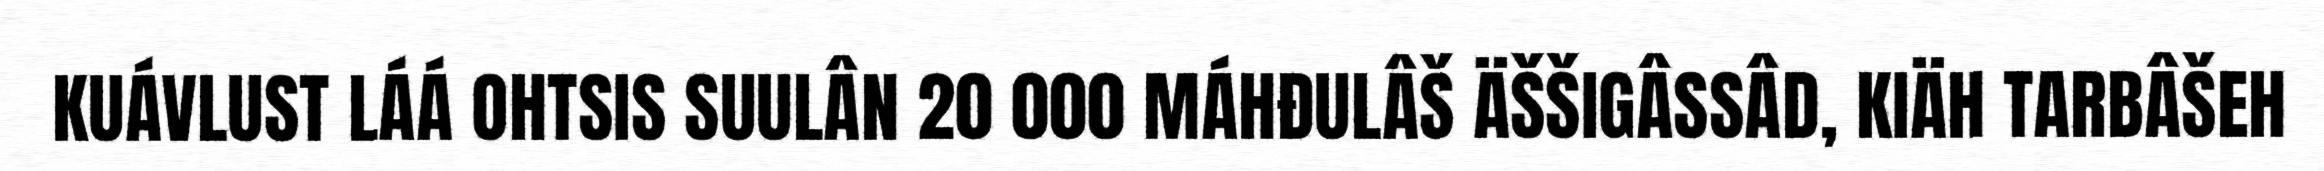
KUÁVLUST LÁÁ OHTSIS SUULÂN 20 000 MÁHĐULÂŠ ÄŠŠIGÂSSÂD, KIÄH TARBÂŠEH